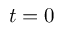
t = 0